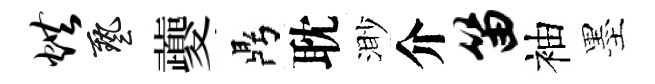
烘藝夔鼎耽渺介笛袖墨